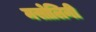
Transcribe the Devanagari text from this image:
मसोलिनी